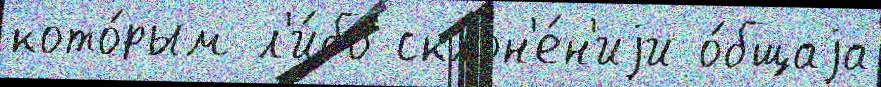
кото́рым л'и́бо склон'е́н'иjи о́бщаjа